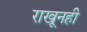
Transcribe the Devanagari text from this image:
राखूनही